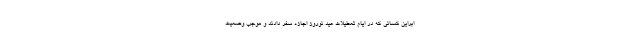
ابراین کسانی که در ایام تعطیلات عید نوروز اجازه سفر دادند و موجب وضعیت